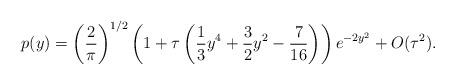
LaTeX: \begin{align*}p(y)=\left(\frac{2}{\pi}\right)^{1/2}\left(1+\tau\left(\frac{1}{3}y^{4}+\frac{3}{2}y^{2}-\frac{7}{16}\right)\right)e^{-2y^{2}} +O(\tau^{2}).\end{align*}